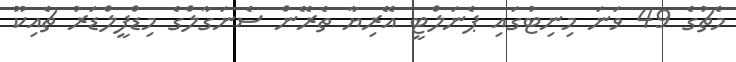
މެޗުގެ 49 ވަނަ މިނިޓުގައި ޕެނަލްޓީ އޭރިޔާ ތެރޭން ސެނަގާލްގެ މިޑްފީލްޑަރު ޗެއިކޫ